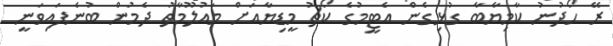
ރޭ ހޯދުނު ކާމިޔާބާ ގުޅިގެން އެޓީމުގެ ކޯޗު މީޑިޔާއަށް މައުލޫމާތު ދެމުން ބުނެފައިވަނީ